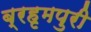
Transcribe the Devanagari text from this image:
ब्रहृमपुरी